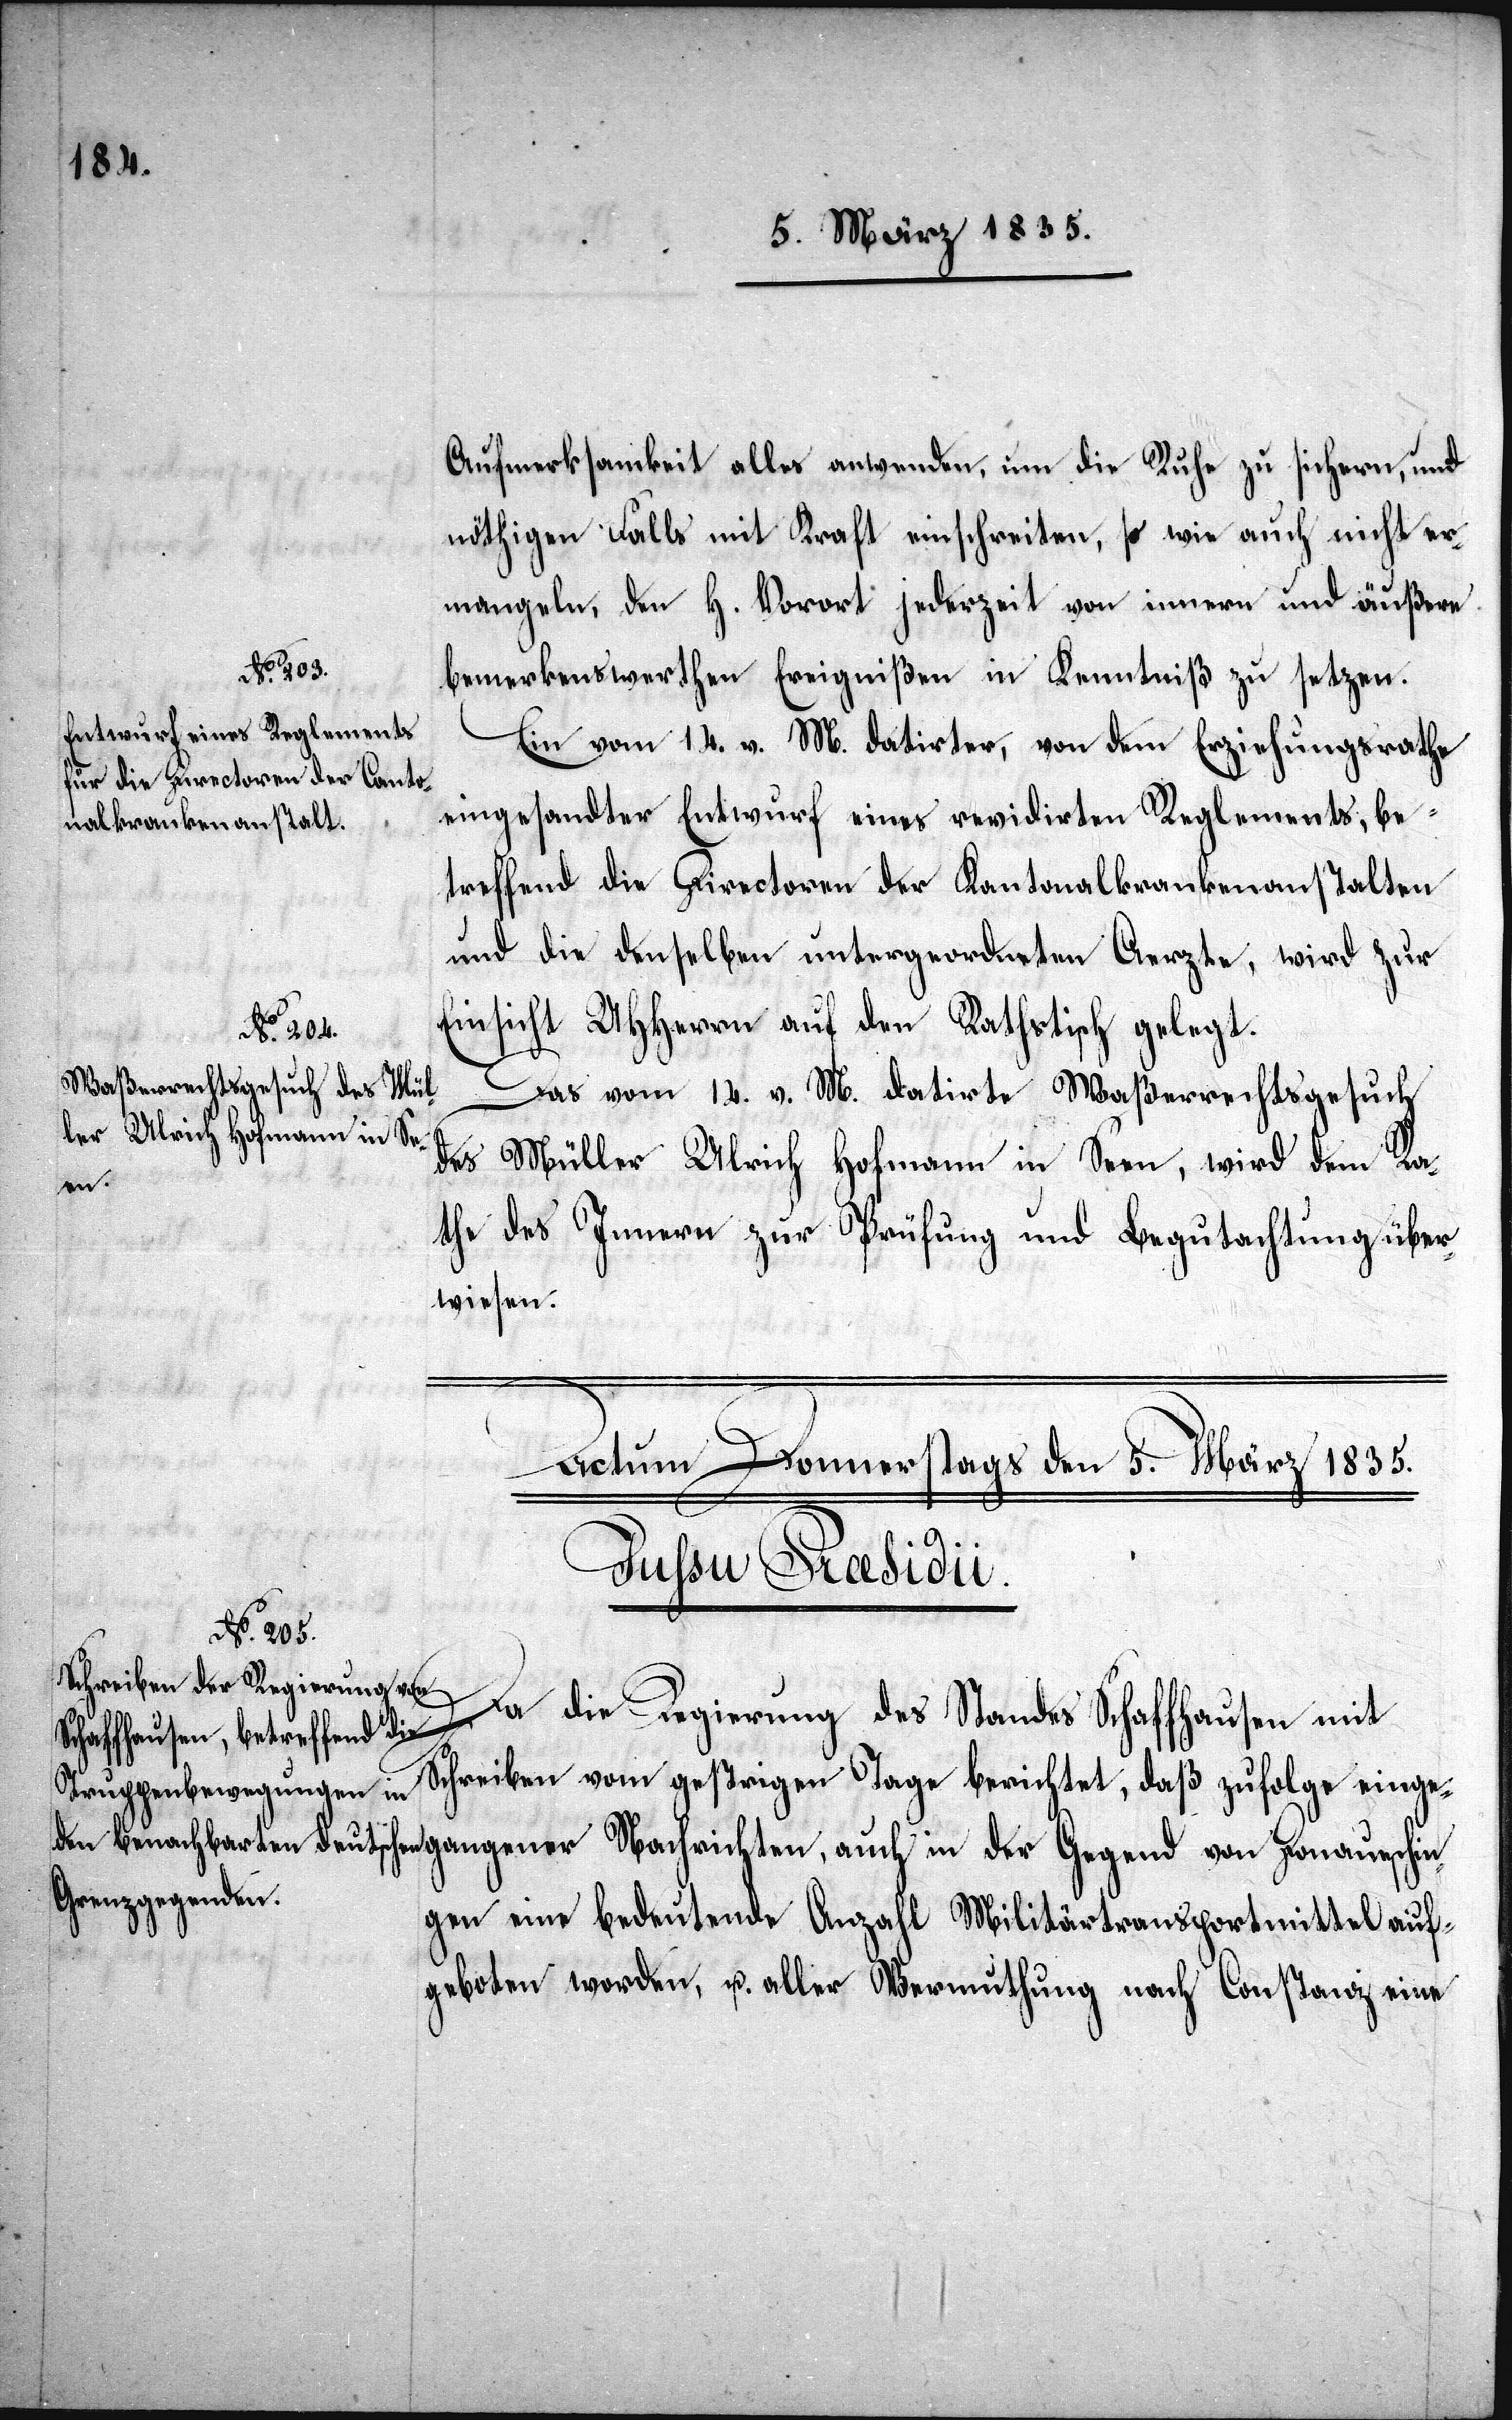
Ein vom 14. v. M. datirter, von dem Erziehungsrathe
eingesandter Entwurf eines revidirten Reglements, be¬
treffend die Directoren der Kantonalkrankenanstalten
und die denselben untergeordneten Aerzte, wird zur
Einsicht UHHerrn auf den Rathstisch gelegt.
Das vom 14. d. M. datirte Waßerrechtsgesuch
des Müller Ulrich Hofmann in Seen, wird dem Ra¬
the des Innern zur Prüfung und Begutachtung über¬
wiesen.
Actum Donnerstags den 5. März 1835.
von Donaueschin¬
Da die Regierung des Standes Schaffhausen mit
Schreiben vom gestrigen Tage berichtet, daß zufolge einge¬
gen eine bedeutende Anzahl Militärtransportmittel auf¬
geboten worden, u. aller Vermuthung nach Constanz eine